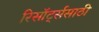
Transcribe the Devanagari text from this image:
रिसॉर्ट्ससाठी